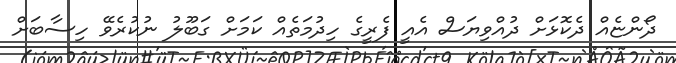
ދޯންޏެއް ދެކޮޅަށް ދުއްވިޔަސް އެއީ ފެރީގެ ހިދުމަތެއް ކަމަށް ގަބޫލު ނުކުރެވޭ ހިސާބަށް